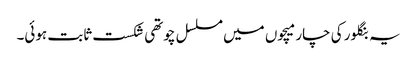
یہ بنگلور کی چار میچوں میں مسلسل چوتھی شکست ثابت ہوئی۔